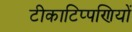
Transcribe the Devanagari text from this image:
टीकाटिप्पणियों